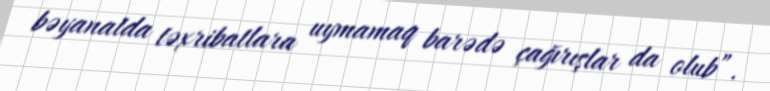
bəyanatda təxribatlara uymamaq barədə çağırışlar da olub”.